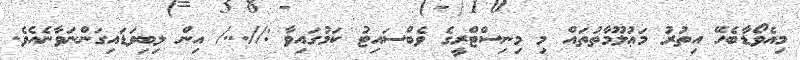
މިއެވޯޑާބެހޭ އިތުރު މަޢުލޫމާތުތައް މި މިނިސްޓްރީގެ ވެބްސައިޓު ކަމުގައިވާ ://.../ އިން ލިބިވަޑައިގަންނަވާނެއެވެ.